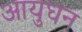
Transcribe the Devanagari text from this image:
आयुधन